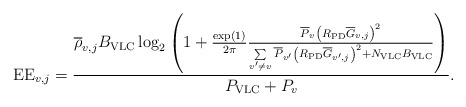
\begin{align*}{\rm EE}_{v,j}=\frac{{ \overline{\rho}_{v,j} B_{\rm VLC} \log_2 \left({ 1 + {\frac{\exp(1)}{2\pi}} \frac{{\overline P}_v {\left( {{R_{\rm{PD}}}{\overline{G}_{v,j}}} \right)}^2} { {\sum\limits_{v'\ne v} {\overline P}_{v'} {\left( {{R_{\rm{PD}}}{\overline{G}_{v',j}}} \right)}^2 } + N_{\rm VLC}B_{\rm VLC}} } \right)}} {P_{\rm VLC}+P_v}.\end{align*}